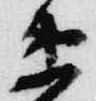
衛